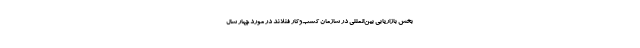
بخش بازاریابی بین‌المللی در سازمان کسب‌وکار فنلاند در مورد چهار سال